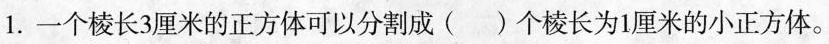
1.一个棱长3厘米的正方体可以分割成()个棱长为1厘米的小正方体。A.9 B.12 C.27 D.36